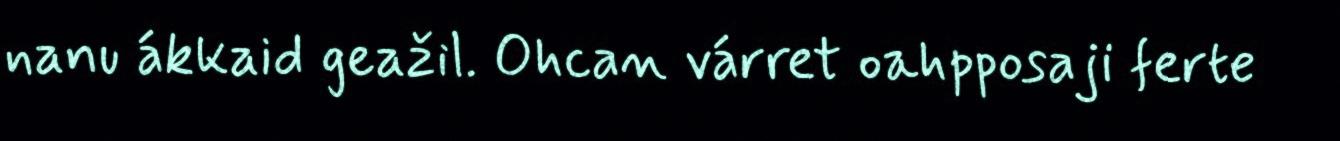
nanu ákkaid geažil. Ohcan várret oahpposaji ferte